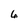
Character: 6